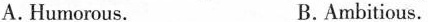
A. Humorous. B.Ambitious.